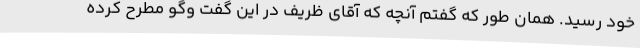
خود رسید. همان طور که گفتم آنچه که آقای ظریف در این گفت وگو مطرح کرده